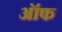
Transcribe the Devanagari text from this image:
ऑफ